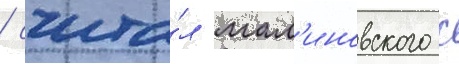
/ счита́л мал'иновского с